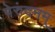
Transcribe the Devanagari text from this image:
पेरुंदनम्